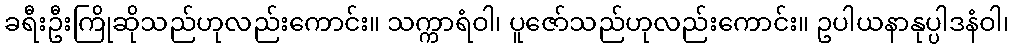
ခရီးဦးကြိုဆိုသည်ဟုလည်းကောင်း။ သက္ကာရံဝါ၊ ပူဇော်သည်ဟုလည်းကောင်း။ ဥပါယနာနုပ္ပါဒနံဝါ၊